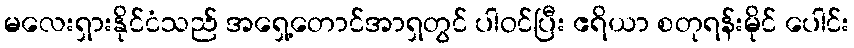
မလေးရှားနိုင်ငံသည် အရှေ့တောင်အာရှတွင် ပါဝင်ပြီး ဧရိယာ စတုရန်းမိုင် ပေါင်း